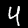
Digit: 4